Document type: Grant
Year: 1403
Scribe: Berenguer Pedrosell
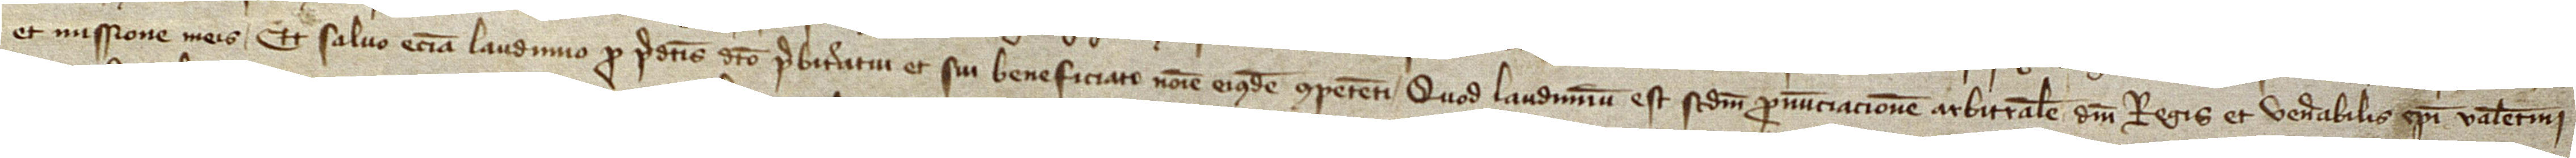
et missione meis. Et salvo etiam laudimio pro predictis dicto presbiteratu et sui beneficiato nomine eiusdem competenti. Quod laudimium est, secundum pronunciacionem arbitralem domini regis et venerabilis episcopi Valentini